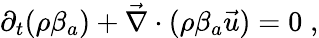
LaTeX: \partial_{t}(\rho\beta_{a})+\vec{\nabla}\cdot(\rho\beta_{a}\vec{u})=0\; ,